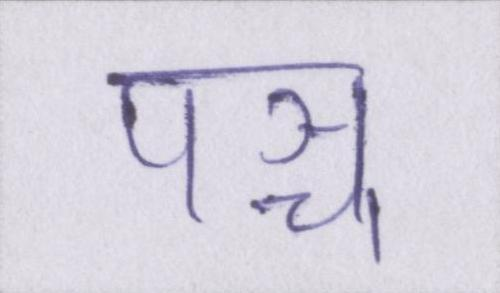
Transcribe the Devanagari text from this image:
पञ्च